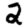
Digit: 2